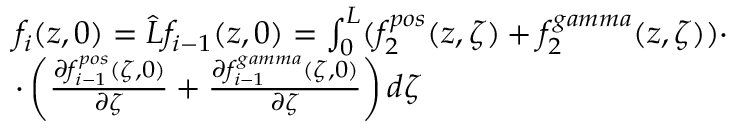
\begin{array} { r l } & { f _ { i } ( z , 0 ) = \Hat { L } f _ { i - 1 } ( z , 0 ) = \int _ { 0 } ^ { L } ( f _ { 2 } ^ { p o s } ( z , \zeta ) + f _ { 2 } ^ { g a m m a } ( z , \zeta ) ) \cdot } \\ & { \cdot \left( \frac { \partial f _ { i - 1 } ^ { p o s } ( \zeta , 0 ) } { \partial \zeta } + \frac { \partial f _ { i - 1 } ^ { g a m m a } ( \zeta , 0 ) } { \partial \zeta } \right) d \zeta } \end{array}